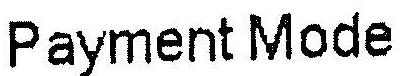
PAYMENT MODE